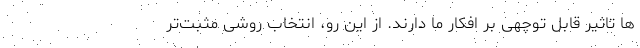
ها تاثیر قابل توچهی بر افکار ما دارند. از این رو، انتخاب روشی مثبت‌تر